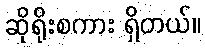
ဆိုရိုးစကား ရှိတယ်။